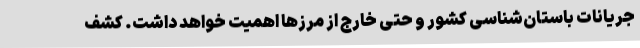
جریانات باستان‌شناسی کشور و حتی خارج از مرزها اهمیت خواهد داشت. کشف